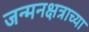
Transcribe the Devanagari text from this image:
जन्मनक्षत्राच्या